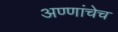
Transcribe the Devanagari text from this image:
अण्णांचेच